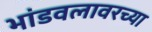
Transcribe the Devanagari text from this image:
भांडवलावरच्या